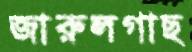
জারুলগাছ